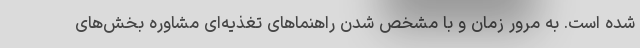
شده است. به مرور زمان و با مشخص شدن راهنماهای تغذیه‌ای مشاوره بخش‌های